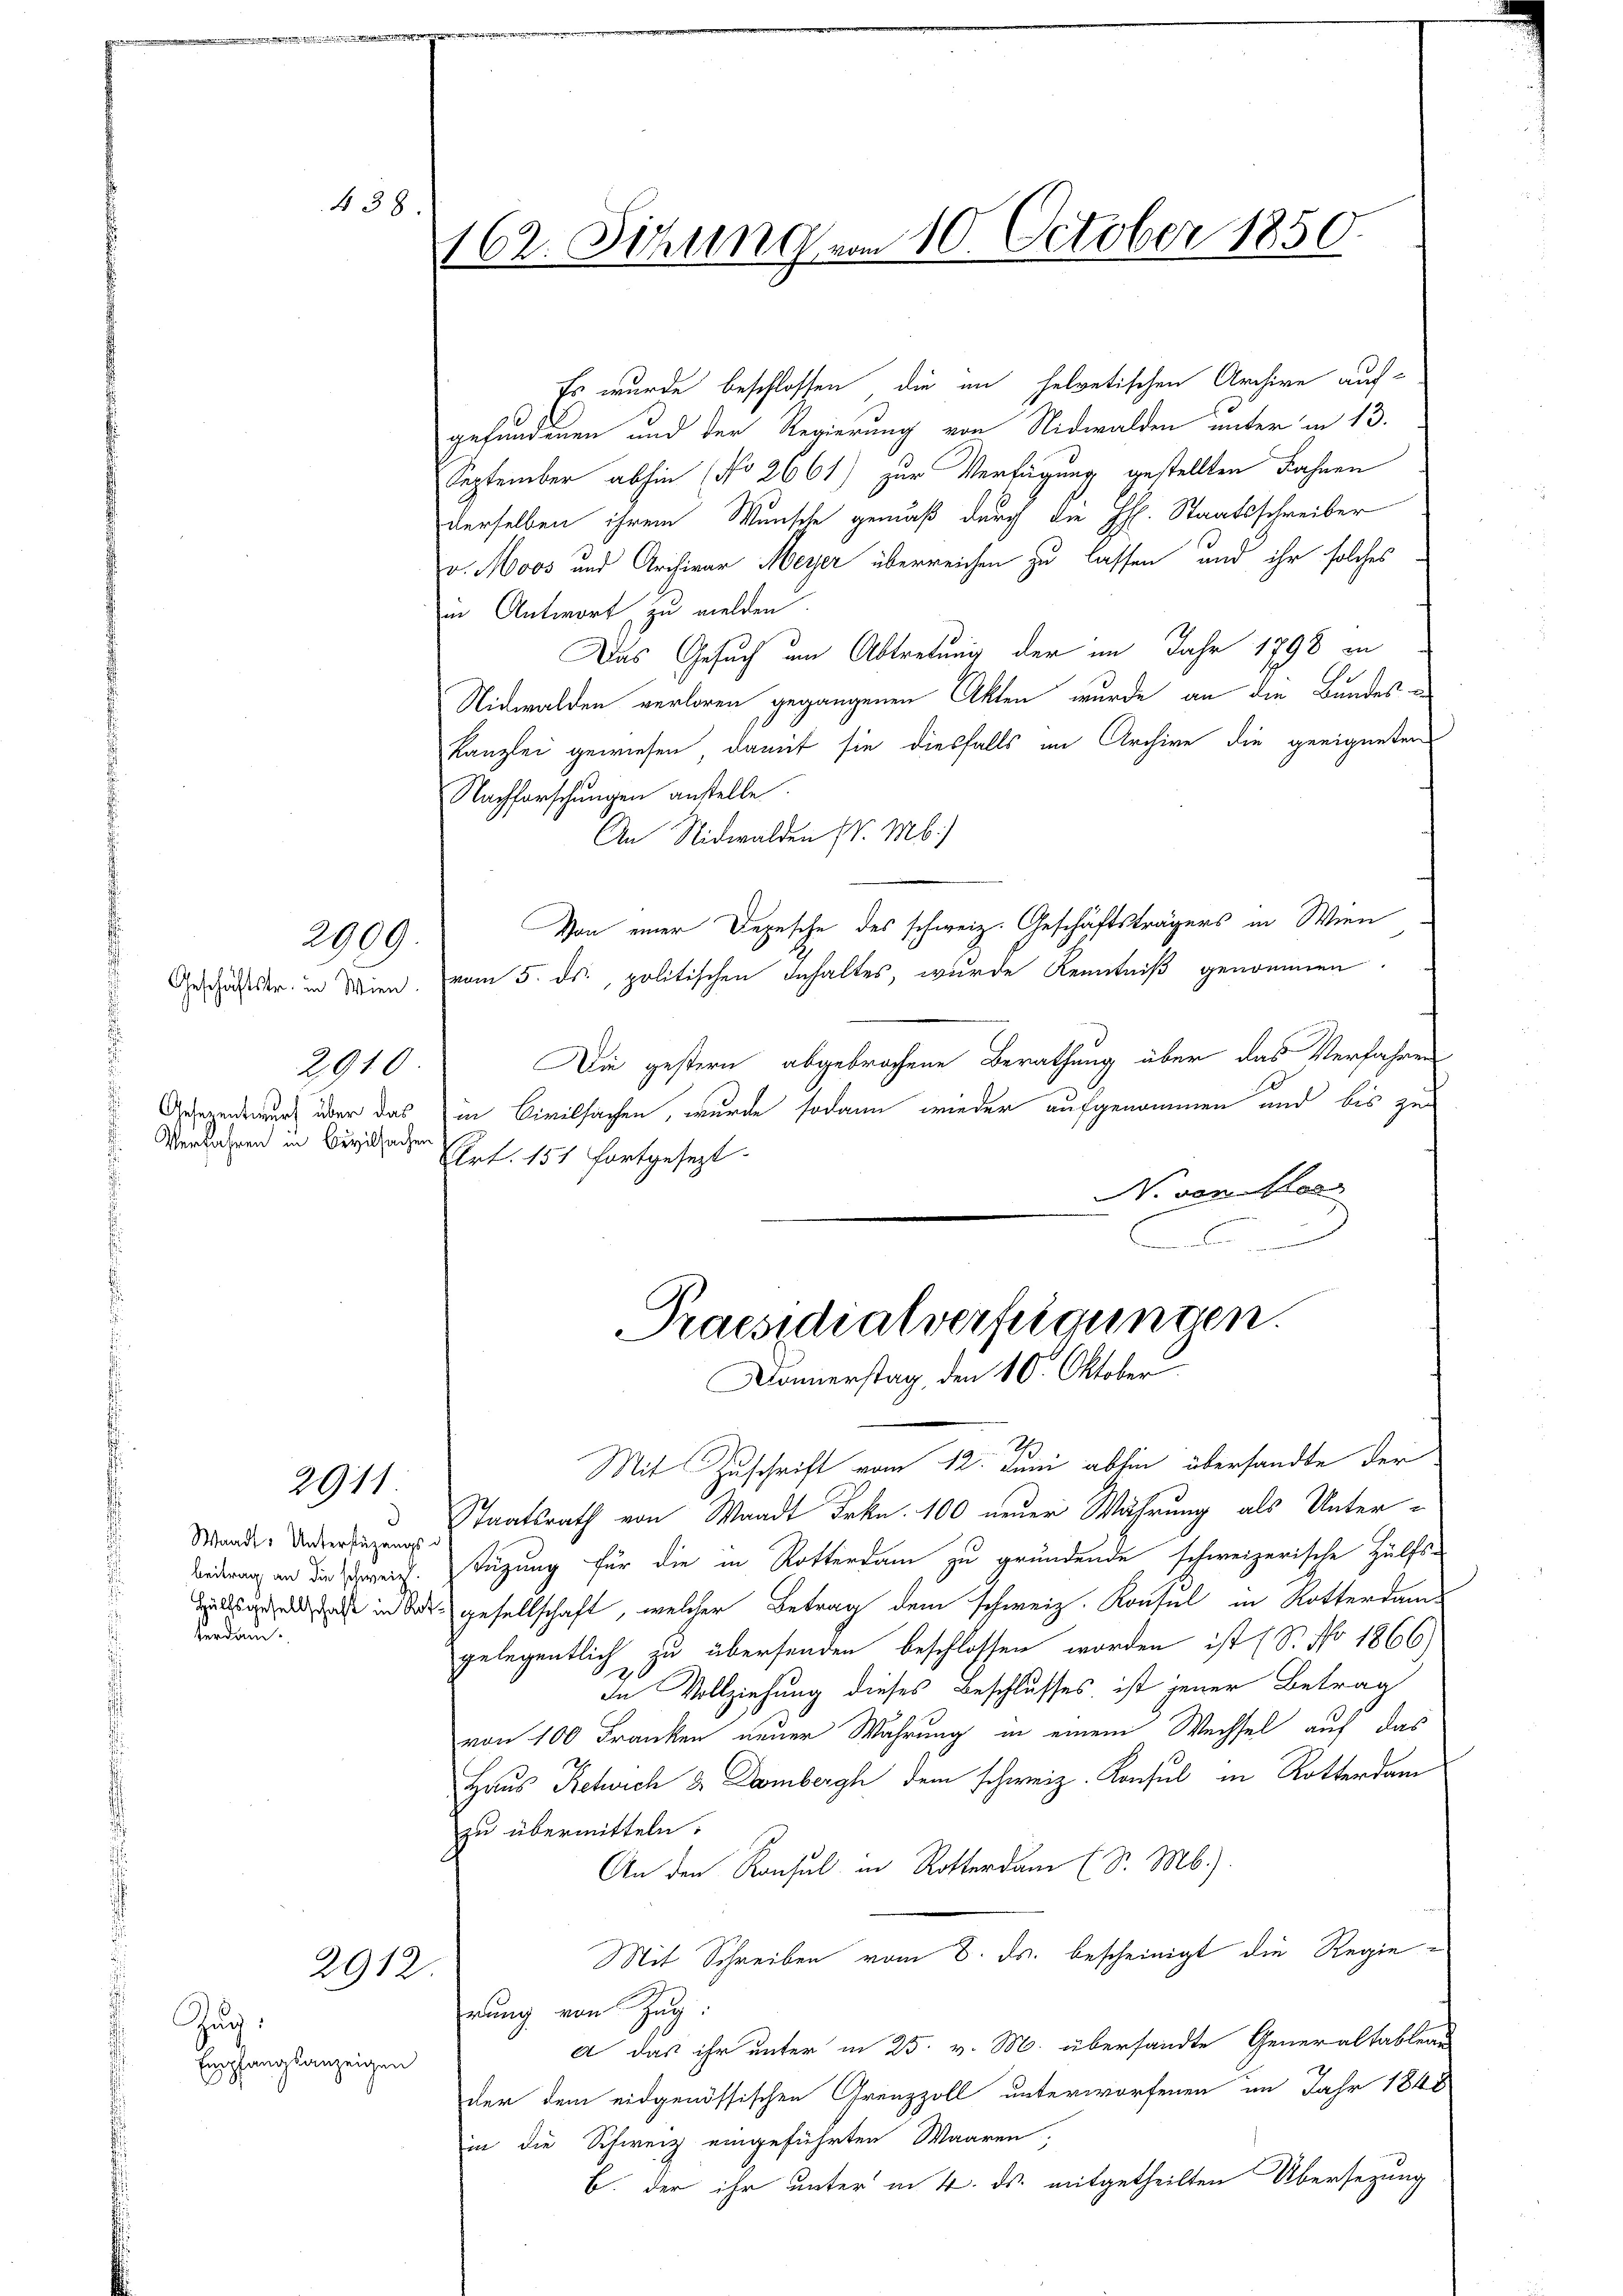
438.

2910
Gesezentwurf über das
Verfahren in Civilsachen

2999.

2911

Waadt. Unterstüzungs-
Beitrag an die schweiz.
Hältsgesellschaft in Ro
Verdan¬

2912.

Zug.
Empfanglanzeigen

162. Siehung vom 10. October 1850.

Es wurde beschlossen, die im helvetischen Archive aufgefundenen und der Regierung von Nidwalden unter in 13.
September abhin (No 2661) zur Verfügung gestellten Fahnen
derselben ihrem Wunsche gemäß durch die H. Staatsschreiber
v. Moos und Archivar Meyer überreichen zu lassen, und ihr solches
in Antwort zu melden.
Das Gesuch im Abtretung der im Jahr 1798 an
Nidwalden verloren gegangenen Akten wurde an die Bundes
Kanzlei gewiesen, damit sie diesfalls im Archive die geeigneten
Nachforschungen anstelle.
An Nidwalden S. M.)
Von einer Depesche des schweiz. Geschäftsträgers in Wien
Geschäftstr. in Wien, vom 5. ds., politischen Inhaltes, wurde Kenntniß genommen.
Die gestern abgebrochene Berathung über das Verfahren
in Civilsachen, wurde sodann wieder aufgenommen und bis zu
Art. 151 fortgesezt.
N. von Herr
.

Praesidialverfügungen.
Donnerstag, den 10. Oktober.

Mit Zuschrift vom 12. Juni abhin übersandte der
Staatsrath von Waadt Frkn. 100 neuer Wahrung als Untertüzung für die in Rotterdam zu gründende schweizerische Hülfs-
 gesellschaft, welcher Betrag dem schweiz. Kousel in Rotterdam-
gelegentlich zu übersenden beschlossen worden ist (S. No 1866)
In Vollziehung dieses Beschlusses ist jener Betrag
von 100 Franken neuer Wahrung in einem Wechsel auf das
Haus Rehvich 8 Dombergh dem schweiz. Konsul in Rotterdam
zu übermitteln.
An den Konsul in Rotterdam (S. M.).
Mit Schreiben vom 8. ds. bescheinigt die Regienung von Zug
a das ihr unter in 25. v. M. übersandte Generaltableau
der dem eidgenössischen Grenzzoll unterworfenen im Jahr 1848
in die Schweiz eingeführten Waaren;
b. der ihr unter in 4. ds. mitgetheilten Übersezung